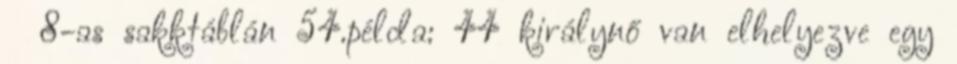
х 8-as sakktáblán 54.példa: 44 királynő van elhelyezve egy